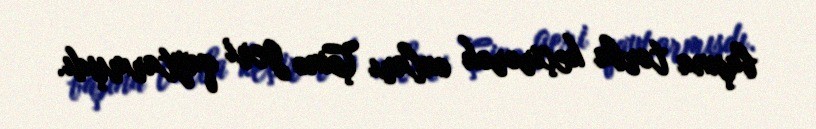
başına torba keçirərək onları Çinə geri qaytarmışdı.